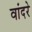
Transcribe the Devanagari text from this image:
वांदरे